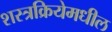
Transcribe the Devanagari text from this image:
शस्त्रक्रियेमधील